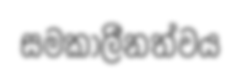
සමකාලීනත්වය